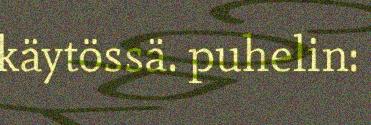
käytössä. puhelin: